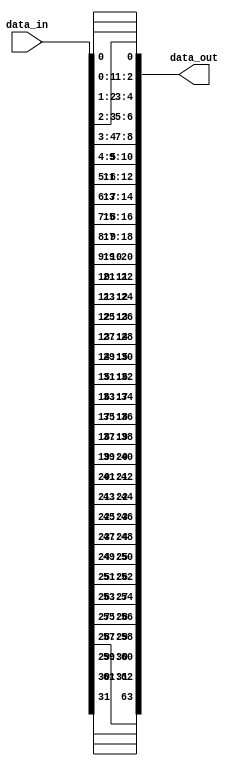
module c_replicator
  (data_in, data_out);
   parameter width = 32;
   parameter count = 2;
   input [0:width-1] data_in;
   output [0:count*width-1] data_out;
   wire [0:count*width-1] data_out;
   generate
      genvar 		  idx;
      for(idx = 0; idx < width; idx = idx + 1)
	begin:idxs
	   assign data_out[idx*count:(idx+1)*count-1] = {count{data_in[idx]}};
	end
   endgenerate
endmodule